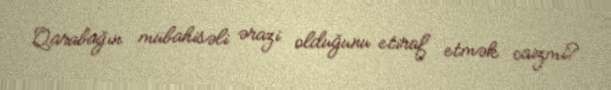
Qarabağın mübahisəli ərazi olduğunu etiraf etmək caizmi?.